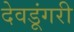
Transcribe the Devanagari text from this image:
देवडूंगरी